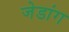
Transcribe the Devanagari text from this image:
जेडांग